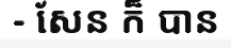
- សែន ក៏ បាន